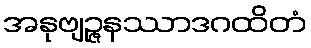
အနုဗျဉ္ဇနဿာဒဂထိတံ